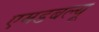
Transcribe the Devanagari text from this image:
एमडबल्यू